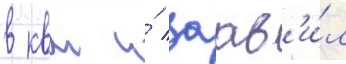
в квм и́ заав'и́л